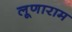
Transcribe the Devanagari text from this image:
लूणाराम